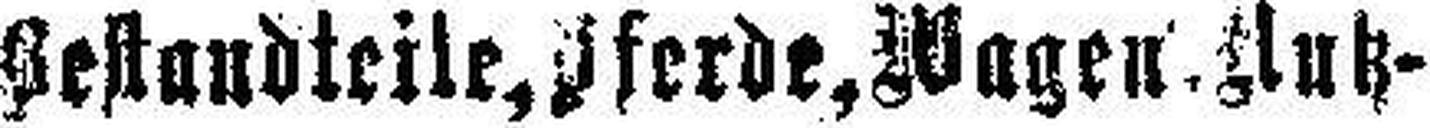
Bestandteile, Pferde, Wagen. Nutz=